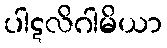
ပါဋလိဂါမိယာ